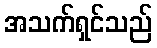
အသက်ရှင်သည်